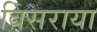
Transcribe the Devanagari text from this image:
बिसराया